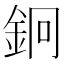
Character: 𨥽